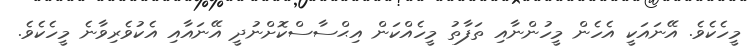
މީހެކެވެ. އޭނައަކީ އެހެން މީހުންނާއި ތަފާތު މީހެއްކަން އިޙްސާސްކޮށްނުދީ އޭނައާއި އެކުވެރިވާނެ މީހެކެވެ.